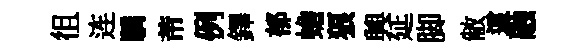
徂连驕芾例鐸郁蟾狼興延脚敝這融